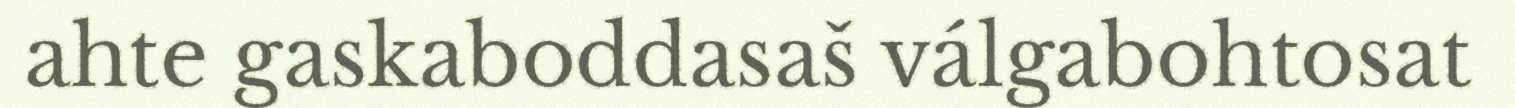
ahte gaskaboddasaš válgabohtosat